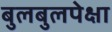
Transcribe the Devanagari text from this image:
बुलबुलपेक्षा